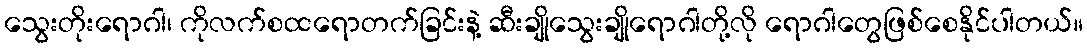
သွေးတိုးရောဂါ၊ ကိုလက်စထရောတက်ခြင်းနဲ့ ဆီးချိုသွေးချိုရောဂါတို့လို ရောဂါတွေဖြစ်စေနိုင်ပါတယ်။